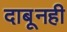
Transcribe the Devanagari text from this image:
दाबूनही